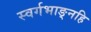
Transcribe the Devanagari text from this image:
स्वर्गभाङ्नहि